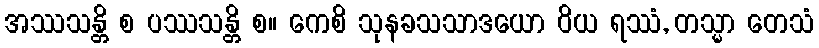
အဿသန္တိ စ ပဿသန္တိ စ။ ကေစိ သုနခသသာဒယော ဝိယ ရဿံ, တသ္မာ တေသံ